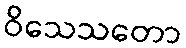
ဝိသေသတော